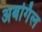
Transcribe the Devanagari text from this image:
अबर्गिल